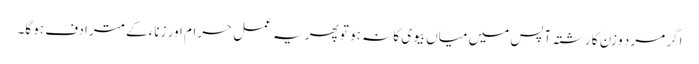
اگر مرد و زن کا رشتہ آپس میں میاں بیوی کا نہ ہو تو پھر یہ عمل حرام اور زناء کے مترادف ہو گا۔